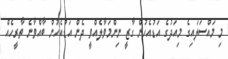
މި މައްސަލައިގެ މިއަދުގެ އަޑުއެހުން ގާޒީ ނިންމަވާލެއްވީ ދެން އަޑުއެހުން ބާއްވާނެ ތާރީހެއް